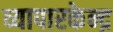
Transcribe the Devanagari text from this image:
व्यापारकेन्द्र